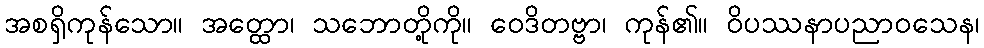
အစရှိကုန်သော။ အတ္ထော၊ သဘောတို့ကို။ ဝေဒိတဗ္ဗာ၊ ကုန်၏။ ဝိပဿနာပညာဝသေန၊